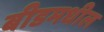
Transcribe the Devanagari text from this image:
बीडमधील